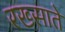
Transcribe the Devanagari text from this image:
रख्साते